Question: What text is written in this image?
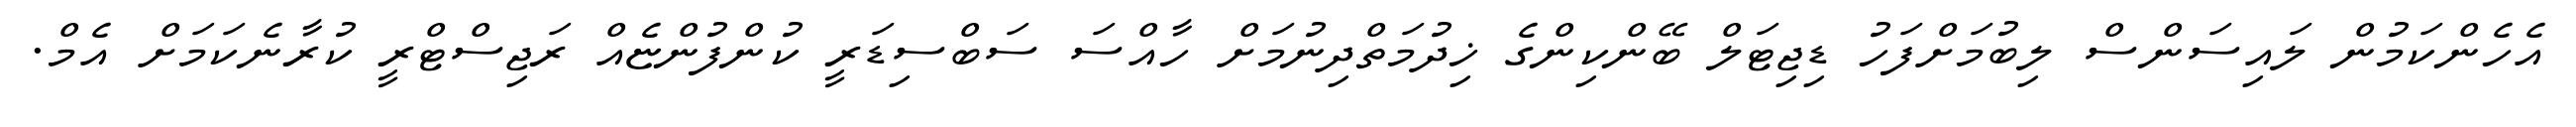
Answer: އެހެންކަމުން ލައިސަންސް ލިބުމަށްފަހު ޑިޖިޓަލް ބޭންކިންގެ ޚިދުމަތްދިނުމަށް ހާއްސަ ސަބްސިޑަރީ ކުންފުންޏެއް ރަޖިސްޓްރީ ކުރާނެކަމަށް އެމް.